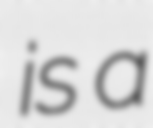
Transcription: is a